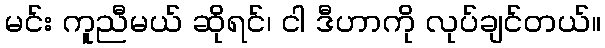
မင်း ကူညီမယ် ဆိုရင်၊ ငါ ဒီဟာကို လုပ်ချင်တယ်။